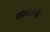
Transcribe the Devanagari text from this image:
सहलीनी